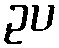
ဥပ